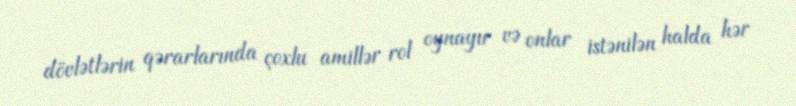
dövlətlərin qərarlarında çoxlu amillər rol oynayır və onlar istənilən halda hər